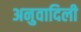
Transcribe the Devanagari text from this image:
अनुवादिली